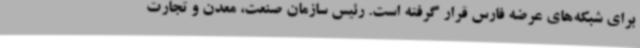
برای شبکه‌های عرضه فارس قرار گرفته است. رئیس سازمان صنعت، معدن و تجارت